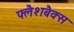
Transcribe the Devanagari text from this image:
फ्लैशबैक्स